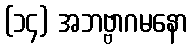
(၁၄) အဘဗ္ဗာဂမနော